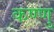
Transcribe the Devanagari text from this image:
कण्णु